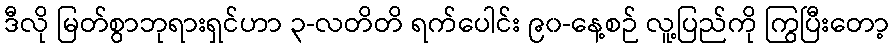
ဒီလို မြတ်စွာဘုရားရှင်ဟာ ၃-လတိတိ ရက်ပေါင်း ၉၀-နေ့စဉ် လူ့ပြည်ကို ကြွပြီးတော့